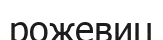
рожевиц